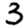
Digit: 3